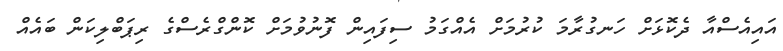
އައިއެސްއާ ދެކޮޅަަށް ހަނގުރާމަ ކުރުމަށް އެއްގަމު ސިފައިން ފޮނުވުމަށް ކޮންގްރެސްގެ ރިޕަބްލިކަން ބައެއް